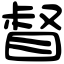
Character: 督